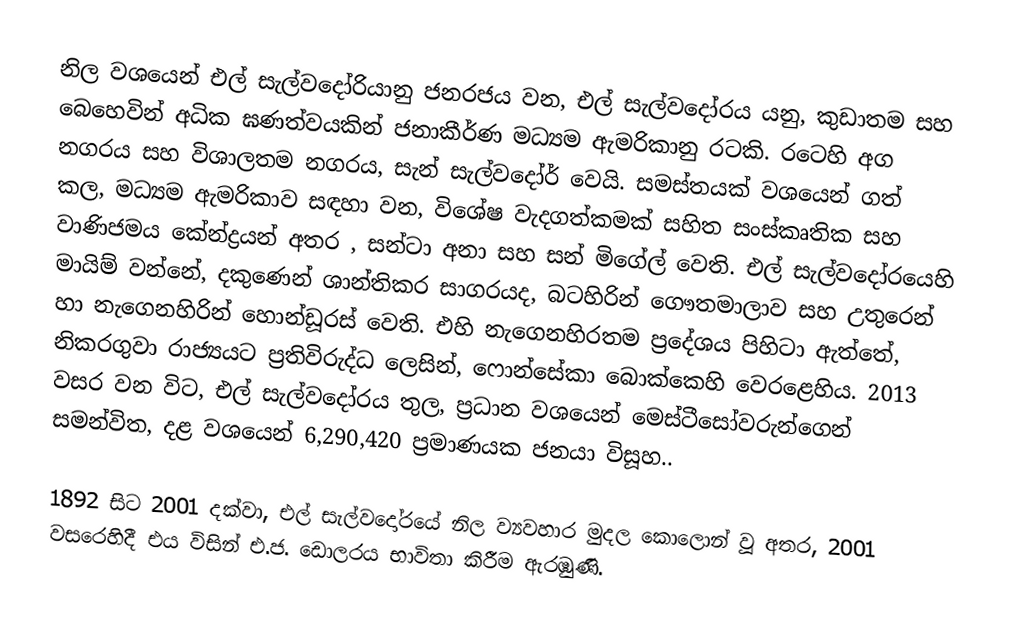
නිල වශයෙන් එල් සැල්වදෝරියානු ජනරජය වන, එල් සැල්වදෝරය යනු, කුඩාතම සහ බෙහෙවින් අධික ඝණත්වයකින් ජනාකීර්ණ මධ්‍යම ඇමරිකානු රටකි. රටෙහි අග නගරය සහ විශාලතම නගරය,  සැන් සැල්වදෝර් වෙයි. සමස්තයක් වශයෙන් ගත් කල, මධ්‍යම ඇමරිකාව සඳහා වන, විශේෂ වැදගත්කමක් සහිත සංස්කෘතික සහ වාණිජමය කේන්ද්‍රයන් අතර ,   සන්ටා අනා සහ  සන් මිගේල් වෙති. එල් සැල්වදෝරයෙහි මායිම් වන්නේ, දකුණෙන් ශාන්තිකර සාගරයද, බටහිරින් ගෞතමාලාව සහ උතුරෙන් හා නැගෙනහිරින් හොන්ඩූරස් වෙති. එහි නැගෙනහිරතම ප්‍රදේශය පිහිටා ඇත්තේ,  නිකරගුවා රාජ්‍යයට ප්‍රතිවිරුද්ධ ලෙසින්, ෆොන්සේකා බොක්කෙහි වෙරළෙහිය. 2013 වසර වන විට, එල් සැල්වදෝරය තුල,  ප්‍රධාන වශයෙන් මෙස්ටීසෝවරුන්ගෙන් සමන්විත, දළ වශයෙන් 6,290,420 ප්‍රමාණයක ජනයා විසූහ..

1892 සිට 2001 දක්වා, එල් සැල්වදෝරයේ නිල ව්‍යවහාර මුදල කොලොන් වූ අතර, 2001 වසරෙහිදී එය විසින් එ.ජ. ඩොලරය භාවිතා කිරීම ඇරඹුණි.